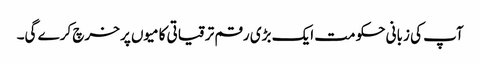
آپ کی زبانی حکومت ایک بڑی رقم ترقیاتی کامیوں پر خرچ کرے گی۔